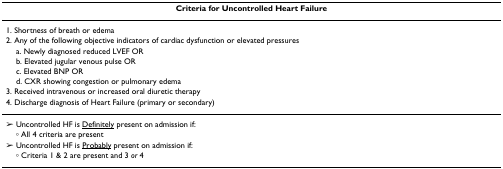
| Criteria for Uncontrolled Heart Failure |
 | --- |
 | 1. Shortness of breath or edema |
 | 2. Any of the following objective indicators of cardiac dysfunction or elevated pressures |
 | a. Newly diagnosed reduced LVEF OR |
 | b. Elevated jugular venous pulse OR |
 | c. Elevated BNP OR |
 | d. CXR showing congestion or pulmonary edema |
 | 3. Received intravenous or increased oral diuretic therapy |
 | 4. Discharge diagnosis of Heart Failure (primary or secondary) |
 | ➢ Uncontrolled HF is <underline>Definitely</underline> present on admission if: |
 | ◦ All 4 criteria are present |
 | ➢ Uncontrolled HF is <underline>Probably</underline> present on admission if: |
 | ◦ Criteria 1 & 2 are present and 3 or 4 |